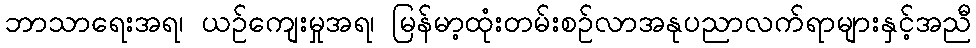
ဘာသာရေးအရ၊ ယဉ်ကျေးမှုအရ၊ မြန်မာ့ထုံးတမ်းစဉ်လာအနုပညာလက်ရာများနှင့်အညီ